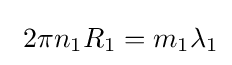
\ 2\pi n_{1}R_{1}=m_{1}\lambda _{1}